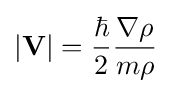
|\mathbf {V} |={\frac {\hbar }{2}}{\frac {\nabla \rho }{m\rho }}